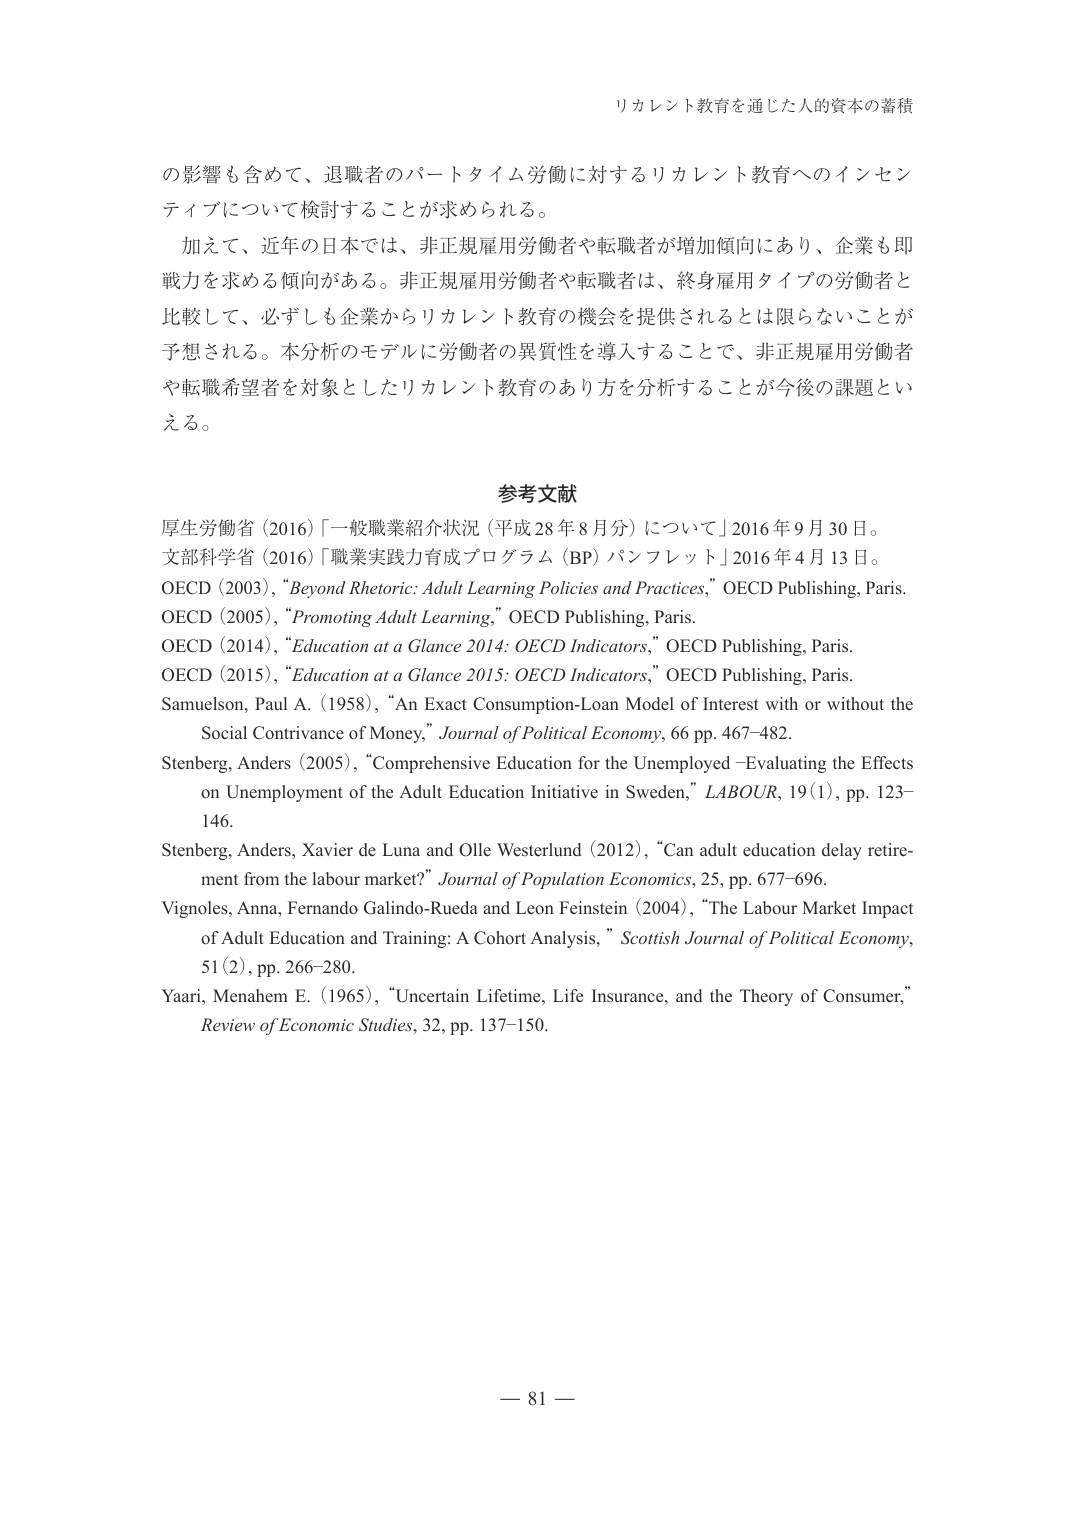
リカレント教育を通じた人的資本の蓄積

の影響も含めて、退職者のパートタイム労働に対するリカレント教育へのインセンティブについて検討することが求められる。

加えて、近年の日本では、非正規雇用労働者や転職者が増加傾向にあり、企業も即戦力を求める傾向がある。非正規雇用労働者や転職者は、終身雇用タイプの労働者と比較して、必ずしも企業からリカレント教育の機会を提供されることは限らないことが予想される。本分析のモデルに労働者の異質性を導入することで、非正規雇用労働者や転職希望者を対象としたリカレント教育のあり方を分析することが今後の課題といえる。

参考文献

厚生労働省（2016）「一般職業紹介状況（平成28年8月分）について」2016年9月30日。

文部科学省（2016）「職業実践力育成プログラム（BP）パンフレット」2016年4月13日。

OECD（2003），“Beyond Rhetoric: Adult Learning Policies and Practices,” OECD Publishing, Paris.

OECD（2005），“Promoting Adult Learning,” OECD Publishing, Paris.

OECD（2014），“Education at a Glance 2014: OECD Indicators,” OECD Publishing, Paris.

OECD（2015），“Education at a Glance 2015: OECD Indicators,” OECD Publishing, Paris.

Samuelson, Paul A.（1958），“An Exact Consumption-Loan Model of Interest with or without the Social Contrivance of Money,” Journal of Political Economy, 66 pp. 467–482.

Stenberg, Anders（2005），“Comprehensive Education for the Unemployed –Evaluating the Effects on Unemployment of the Adult Education Initiative in Sweden,” LABOUR, 19（1）, pp. 123–146.

Stenberg, Anders, Xavier de Luna and Olle Westerlund（2012），“Can adult education delay retirement from the labour market?” Journal of Population Economics, 25, pp. 677–696.

Vignoles, Anna, Fernando Galindo-Rueda and Leon Feinstein（2004），“The Labour Market Impact of Adult Education and Training: A Cohort Analysis,” Scottish Journal of Political Economy, 51（2）, pp. 266–280.

Yaari, Menahem E.（1965），“Uncertain Lifetime, Life Insurance, and the Theory of Consumer,” Review of Economic Studies, 32, pp. 137–150.

— 81 —